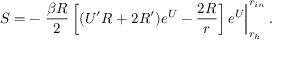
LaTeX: S = - \left. { \frac { \beta R } { 2 } } \left[ ( U ^ { \prime } R + 2 R ^ { \prime } ) e ^ { U } - { \frac { 2 R } { r } } \right] e ^ { U } \right| _ { r _ { h } } ^ { r _ { i n } } .